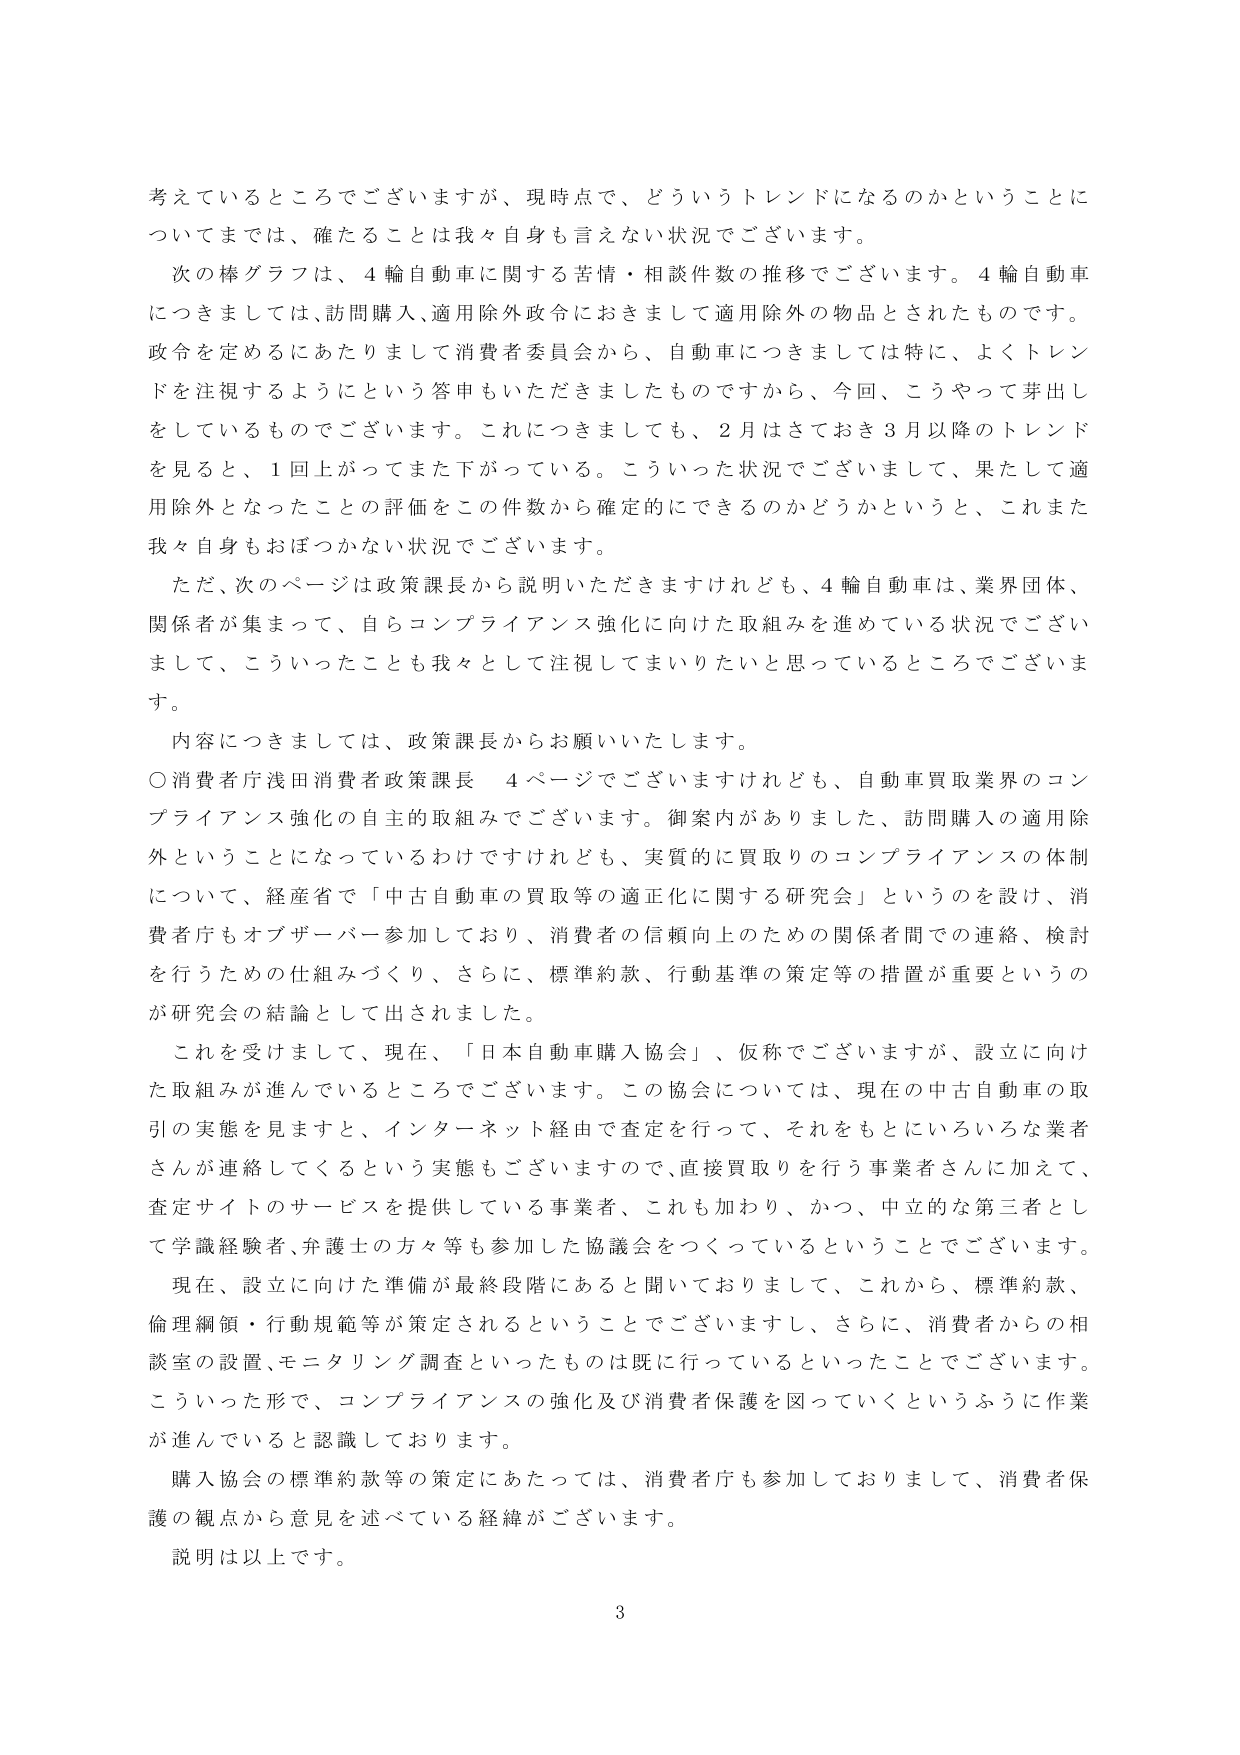
考えているところでございますが、現時点で、どういうトレンドになるのかということについてまでは、確たることは我々自身も言えない状況でございます。

次の棒グラフは、4輪自動車に関する苦情・相談件数の推移でございます。4輪自動車につきましては、訪問購入、適用除外政令におきまして適用除外の物品とされたものです。政令を定めるにあたりまして消費者委員会から、自動車につきましては特に、よくトレンドを注視するようにという答申もいただきましたものですから、今回、こうやって芽出しをしているものでございます。これにつきましても、2月はさておき3月以降のトレンドを見ると、1回上がってきてまた下がっている。こういった状況でございまして、果たして適用除外となったことの評価をこの件数から確定的にできるのかどうかというと、これまた我々自身もおぼつかない状況でございます。

ただ、次のページは政策課長から説明いただきますけれども、4輪自動車は、業界団体、関係者が集まって、自らコンプライアンス強化に向けた取組みを進めている状況でございまして、こういったことも我々として注視してまいりたいと思っているところでございます。

内容につきましては、政策課長からお願いいたします。

○消費者庁浅田消費者政策課長　4ページでございますけれども、自動車買取業界のコンプライアンス強化の自主的取組みでございます。御案内がありました、訪問購入の適用除外ということになっているわけですけれども、実質的に買取りのコンプライアンスの体制について、経産省で「中古自動車の買取等の適正化に関する研究会」というのを設け、消費者庁もオブザーバー参加しており、消費者の信頼向上のための関係者間での連絡、検討を行うための仕組みづくり、さらに、標準約款、行動基準の策定等の措置が重要というのが研究会の結論として出されました。

これを受けまして、現在、「日本自動車購入協会」、仮称でございますが、設立に向けた取組みが進んでいるところでございます。この協会については、現在の中古自動車の取引の実態を見ますと、インターネット経由で査定を行って、それをもとにいろいろな業者さんが連絡してくるという実態もございますので、直接買取りを行う事業者さんに加えて、査定サイトのサービスを提供している事業者、これも加わり、かつ、中立的な第三者として学識経験者、弁護士の方々等も参加した協議会をつくっているということでございます。

現在、設立に向けた準備が最終段階にあると聞いておりまして、これから、標準約款、倫理綱領・行動規範等が策定されるということでございますし、さらに、消費者からの相談室の設置、モニタリング調査といったものは既に行っているといったことでございます。こういった形で、コンプライアンスの強化及び消費者保護を図っていくというふうに作業が進んでいると認識しております。

購入協会の標準約款等の策定にあたっては、消費者庁も参加しておりまして、消費者保護の観点から意見を述べている経緯がございます。

説明は以上です。

3